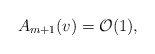
\begin{align*} A_{m+1}(v)=\mathcal{O}(1),\end{align*}